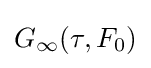
G_{\infty }(\tau ,F_{0})